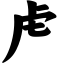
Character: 虍